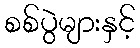
စစ်ပွဲများနှင့်